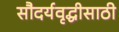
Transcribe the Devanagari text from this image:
सौदर्यवृद्धीसाठी